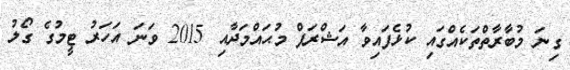
ގިނަ މުބާރާތްތަކެއްގައި ކުޅެފައިވާ އަޝްރަފް މުޙައްމަދާއި 2015 ވަނަ އަހަރު ޓީމުގެ ގޯލު